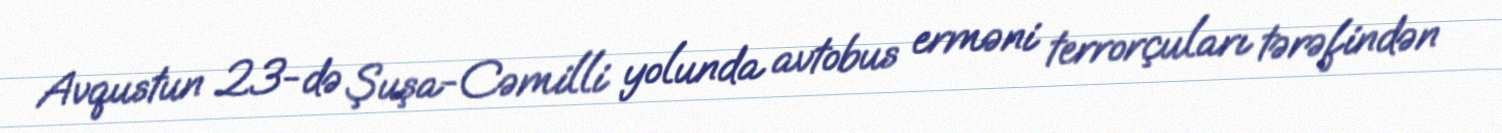
Avqustun 23-də Şuşa-Cəmilli yolunda avtobus erməni terrorçuları tərəfindən